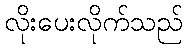
လိုးပေးလိုက်သည်